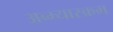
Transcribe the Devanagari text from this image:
अब्भ्यास्क्रम